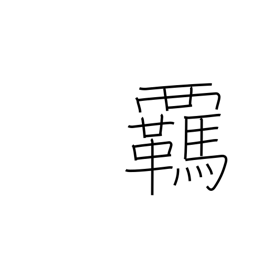
Meaning: reins